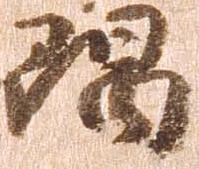
隅